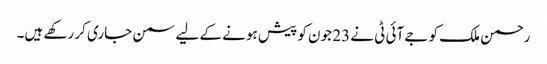
رحمن ملک کو جے آئی ٹی نے 23 جون کو پیش ہونے کے لیے سمن جاری کر رکھے ہیں۔